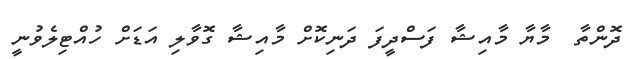
ދޮންތާ  މާޔާ މާއިޝާ ފަސްދީފަ ދަނިކޮށް މާއިޝާ ގޮވާލި އަޑަށް ހުއްޓިލެވުނީ